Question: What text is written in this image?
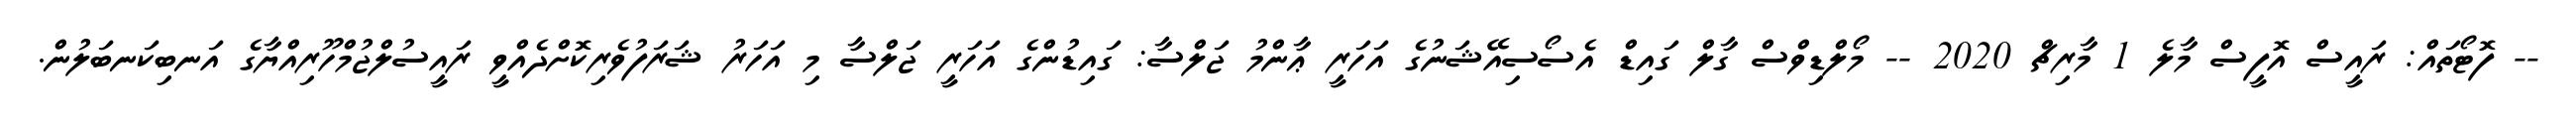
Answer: -- ފޮޓޯތައް: ރައީސް އޮފީސް މާލެ 1 މާރިޗް 2020 -- މޯލްޑިވްސް ގާލް ގައިޑް އެސޯސިއޭޝަނުގެ އަހަރީ ޢާންމު ޖަލްސާ: ގައިޑުންގެ އަހަރީ ޖަލްސާ މި އަހަރު ޝަރަފުވެރިކޮށްދެއްވީ ރައީސުލްޖުމްހޫރިއްޔާގެ އަނބިކަނބަލުން.